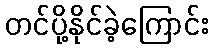
တင်ပို့နိုင်ခဲ့ကြောင်း